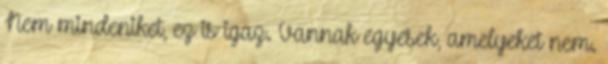
Nem mindeniket, ez is igaz. Vannak egyesek, amelyeket nem.